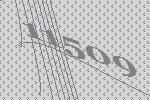
11509